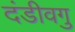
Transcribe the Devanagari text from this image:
दंडीवगु